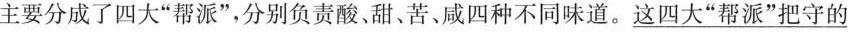
主要分成了四大”帮派”，分别负责酸、甜、苦、咸四种不同味道。\underline{这四大”帮派”把守的}